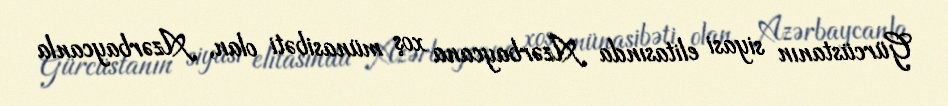
Gürcüstanın siyasi elitasında Azərbaycana xoş münasibəti olan, Azərbaycanla